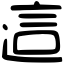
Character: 這